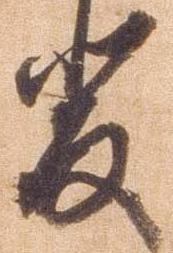
斐